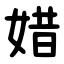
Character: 㛭